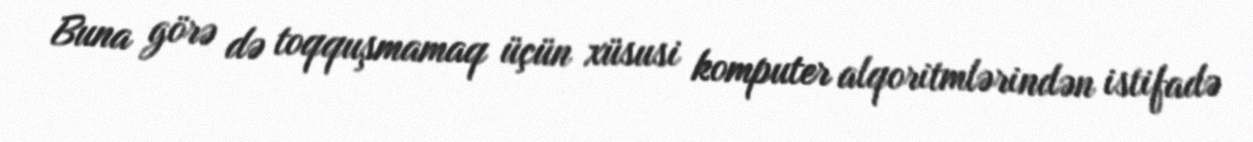
Buna görə də toqquşmamaq üçün xüsusi komputer alqoritmlərindən istifadə